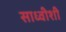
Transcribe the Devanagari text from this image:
साध्वीशी